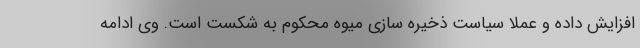
افزایش داده و عملاً سیاست ذخیره سازی میوه محکوم به شکست است. وی ادامه